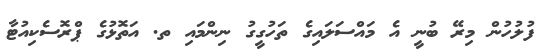
ފުލުހުން މިރޭ ބުނީ އެ މައްސަލައިގެ ތަހުގީގު ނިންމައި ތ. އަތޮޅުގެ ޕްރޮސެކިއުޓާ